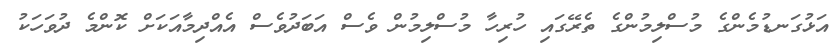
އަޅުގަނޑުމެންގެ މުސްލިމުންގެ ތެރޭގައި ހުރިހާ މުސްލިމުން ވެސް އަބަދުވެސް އެއްދިމާއަކަށް ކޮންމެ ދުވަހަކު